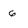
Character: 6